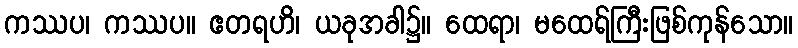
ကဿပ၊ ကဿပ။ ဧတရဟိ၊ ယခုအခါ၌။ ထေရာ၊ မထေရ်ကြီးဖြစ်ကုန်သော။